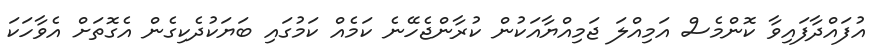
އުފައްދާފައިވާ ކޮންމެސް އަމިއްލަ ޖަމިއްޔާއަކުން ކުރާންޖެހޭނެ ކަމެއް ކަމުގައި ބަޔަކުދެކިގެން އެގޮތަށް އެވާހަކަ